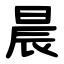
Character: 晨